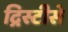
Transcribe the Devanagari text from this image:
द्रिस्टीसे